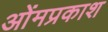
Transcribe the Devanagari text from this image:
ओंमप्रकाश